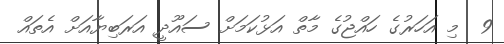
9  މި އަހަރުގެ ހައްޖުގެ މާތް އަޅުކަމަށް ސައޫދީ އަރަބިޔާއަށް އެތައް